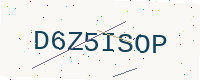
Text: D6Z5ISOP